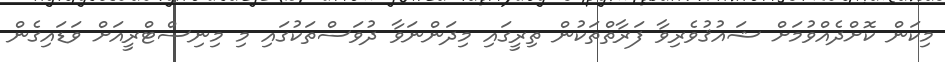
މިކަން ކޮށްދެއްވުމަށް ޝައުޤުވެރިވާ ފަރާތްތަކުން ތިރީގައި މިދަންނަވާ ދުވަސްތަކުގައި މި މިނިސްޓްރީއަށް ވަޑައިގެން